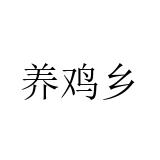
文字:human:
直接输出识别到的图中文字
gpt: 养鸡乡